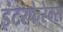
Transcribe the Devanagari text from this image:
इंटरफेरेम्स